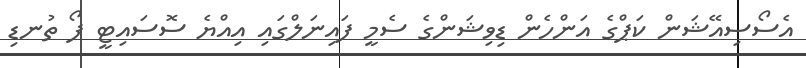
އެސޯސިއޭޝަން ކަޕްގެ އަންހެން ޑިވިޝަންގެ ސެމީ ފައިނަލްގައި އިއްޔެ ސޮސައިޓީ ފޯ ތުނޑި